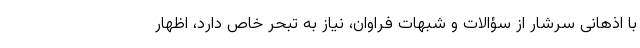
با اذهانی سرشار از سؤالات و شبهات فراوان، نیاز به تبحر خاص دارد، اظهار